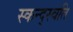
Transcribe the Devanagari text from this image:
स्कन्द्स्वति